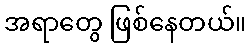
အရာတွေ ဖြစ်နေတယ်။